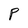
Character: P